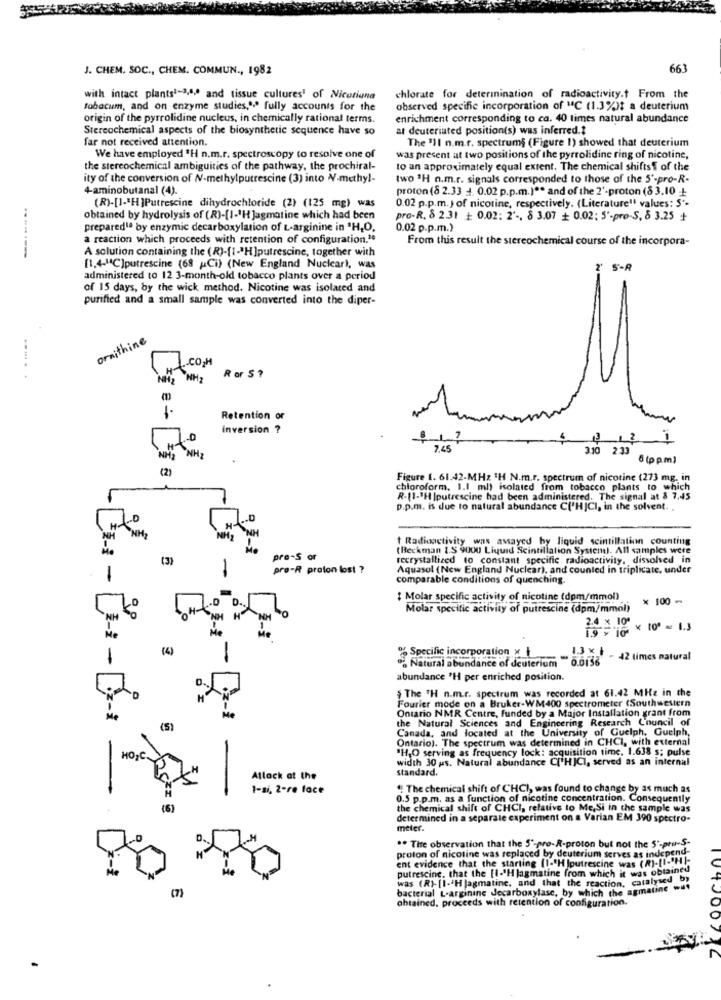
J. CHEM. SOC ., CHEM. COMMUN ., 1982
663
with intact plants1-3,4,0 and tissue cultures' of Nicotiana
chlorate for determination of radioactivity.t From the
tobacum, and on enzyme studies,"," fully accounts for the
observed specific incorporation of MC (1.3%)t a deuterium
origin of the pyrrolidine nucleus, in chemically rational terms.
enrichment corresponding to ca. 40 times natural abundance
Stereochemical aspects of the biosynthetic sequence have so
at deuteriated position(s) was inferred .?
far not received attention.
The 'Il n.m.r. spectrums (Figure 1) showed that deuterium
We have employed "H n.m.r. spectroscopy to resolve one of
was present at two positions of the pyrrolidine ring of nicotine,
the stereochemical ambiguities of the pathway, the prochiral-
to an approximately equal extent. The chemical shifts of the
ity of the conversion of NV-methylputrescine (3) into N-methyl-
two "H n.m.r. signals corresponded to those of the 5'-pro-R.
4-aminobutanal (4).
proton (8 2.33 4. 0.02 p.p.m.) ** and of the 2'-proton (8 3.10 +
0.02 p.p.m.) of nicotine, respectively. (Literature" values: S'-
(R)-[] -* H]Putrescine dihydrochloride (2) (125 mg) was
obtained by hydrolysis of (R)-[1-1H Jagmatine which had been
pro-R. 8 2.31 + 0.02: 2' -, 8 3.07 + 0.02: 5'-pro-S, 8 3.25 +
prepared1ª by enzymic decarboxylation of L-arginine in "H,O,
0.02 p.p.m.)
a reaction which proceeds with retention of configuration.1e
From this result the stereochemical course of the incorpora-
-------
A solution containing the ( R)-[1 -* H]putrescine, together with
[1.4-"C]putrescine (68 Ci) (New England Nuclear), was
2'
S'-R
administered to 12 3-month-old tobacco plants over a period
of 15 days, by the wick method. Nicotine was isolated and
purified and a small sample was converted into the diper-
ornithine
Ht
-CO2H
..... .
NH2 NH2
R or S ?
Retention or
Inversion ?
$ 12 1
NH
7.45
3.10 2.33
6 (p p.m)
(2)
Figure 1. 61.42-MHz 1H N.m.r. spectrum of nicotine (273 mg. in
chloroform. 1.1 ml) isolated from tobacco plants to which
R-(1-3H Iputrescine had been administered. The signal at & 7.45
p.p.m. is due to natural abundance C('HJCI, in the solvent ..
"NH
Radioactivity was assayed by liquid scintillation counting
(Beckman I.S 9000 Liquid Scintillation System). All samples were
TE-1
(3)
pre-S or
recrystallized to constant specific radioactivity, dissolved in
pro-R proton lost ?
Aquasol (New England Nuclear), and counted in triplicate. under
1
comparable conditions of quenching.
: Molar specific activity of nicotine (dpm/mmol)
× 100-
Molar specific activity of putrescine (dpm/mmol)
NH
2.4 x 10 × 101 - 1.3
19 y 10
(4)
% Specific incorporation x
.. Natural abundance of deuterium 0.0156
13 x 1 .
- 42 times natural
0.
abundance *H per enriched position.
§ The TH n.m.r. spectrum was recorded at 61.42 MHz in the
Fourier mode on a Bruker-WM400 spectrometer (Southwestern
Me
Ontario NMR Centre, funded by a Major Installation grant from
·Z-¥
Me
the Natural Sciences and Engineering Research Council of
(5)
Canada, and located at the University of Guelph. Guelph,
Ontario). The spectrum was determined in CHCI, with external
"H,O serving as frequency lock: acquisition time, 1.638 s; pulse
HO C.
width 30 us. Natural abundance C['HICI, served as an internal
standard.
Atlack at the
1-si, 2-re face
" The chemical shift of CHCI, was found to change by as much as
0.5 p.p.m. as a function of nicotine concentration. Consequently
(5)
the chemical shift of CHCI, relative to Me,Si in the sample was
determined in a separate experiment on a Varian EM 390 spectro-
meter.
.. The observation that the 5'-pro-R-proton but not the 5'-pru-S-
proton of nicotine was replaced by deuterium serves as independ-
putrescine, that the [1-'H jagmatine from which it was obtained
ent evidence that the starting (1-"H Iputrescine was (R)-LI-"HIF
was (R)- [I -- H Jagmatine, and that the reaction, catalysed_b)
(7)
bacterial L-arginine decarboxylase, by which the agmatine wut
obtained, proceeds with retention of configuration.
104000